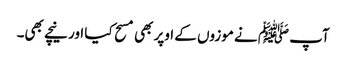
آپ ﷺ نے موزوں کے اوپر بھی مسح کیا اور نیچے بھی۔